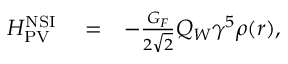
\begin{array} { r l r } { H _ { \mathrm { P V } } ^ { \mathrm { N S I } } } & { { } = } & { - \frac { G _ { F } } { 2 \sqrt { 2 } } Q _ { W } \gamma ^ { 5 } \rho ( r ) , } \end{array}